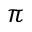
\pi